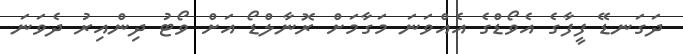
ދަގަނޑޭ ފީފާގެ އެވޯޑްގެ އެއްވަނަ މަގާމަށް ރޮނާލްޑޯ އަށް ވޯޓު ދިންއިރު ދެވަނަ